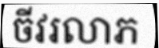
ចីវរលាភ